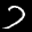
Label: 7